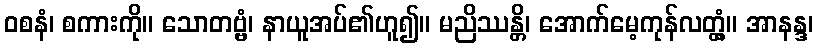
ဝစနံ၊ စကားကို။ သောတဗ္ဗံ၊ နာယူအပ်၏ဟူ၍။ မညိဿန္တိ၊ အောက်မေ့ကုန်လတ္တံ့။ အာနန္ဒ၊